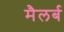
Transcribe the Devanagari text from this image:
मैलर्ब